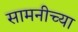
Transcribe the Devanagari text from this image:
सामनीच्या